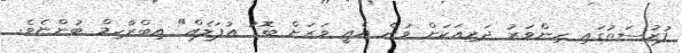
ފުރުސަތުގައި ހިންވަރު ދަރިއަކަށް ވުން އެއީ ވަރަށް ބޮޑު އުފަލެއް" އިބްރާހިމް ބުންޏެވެ.